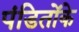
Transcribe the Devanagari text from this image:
पंडितोंके